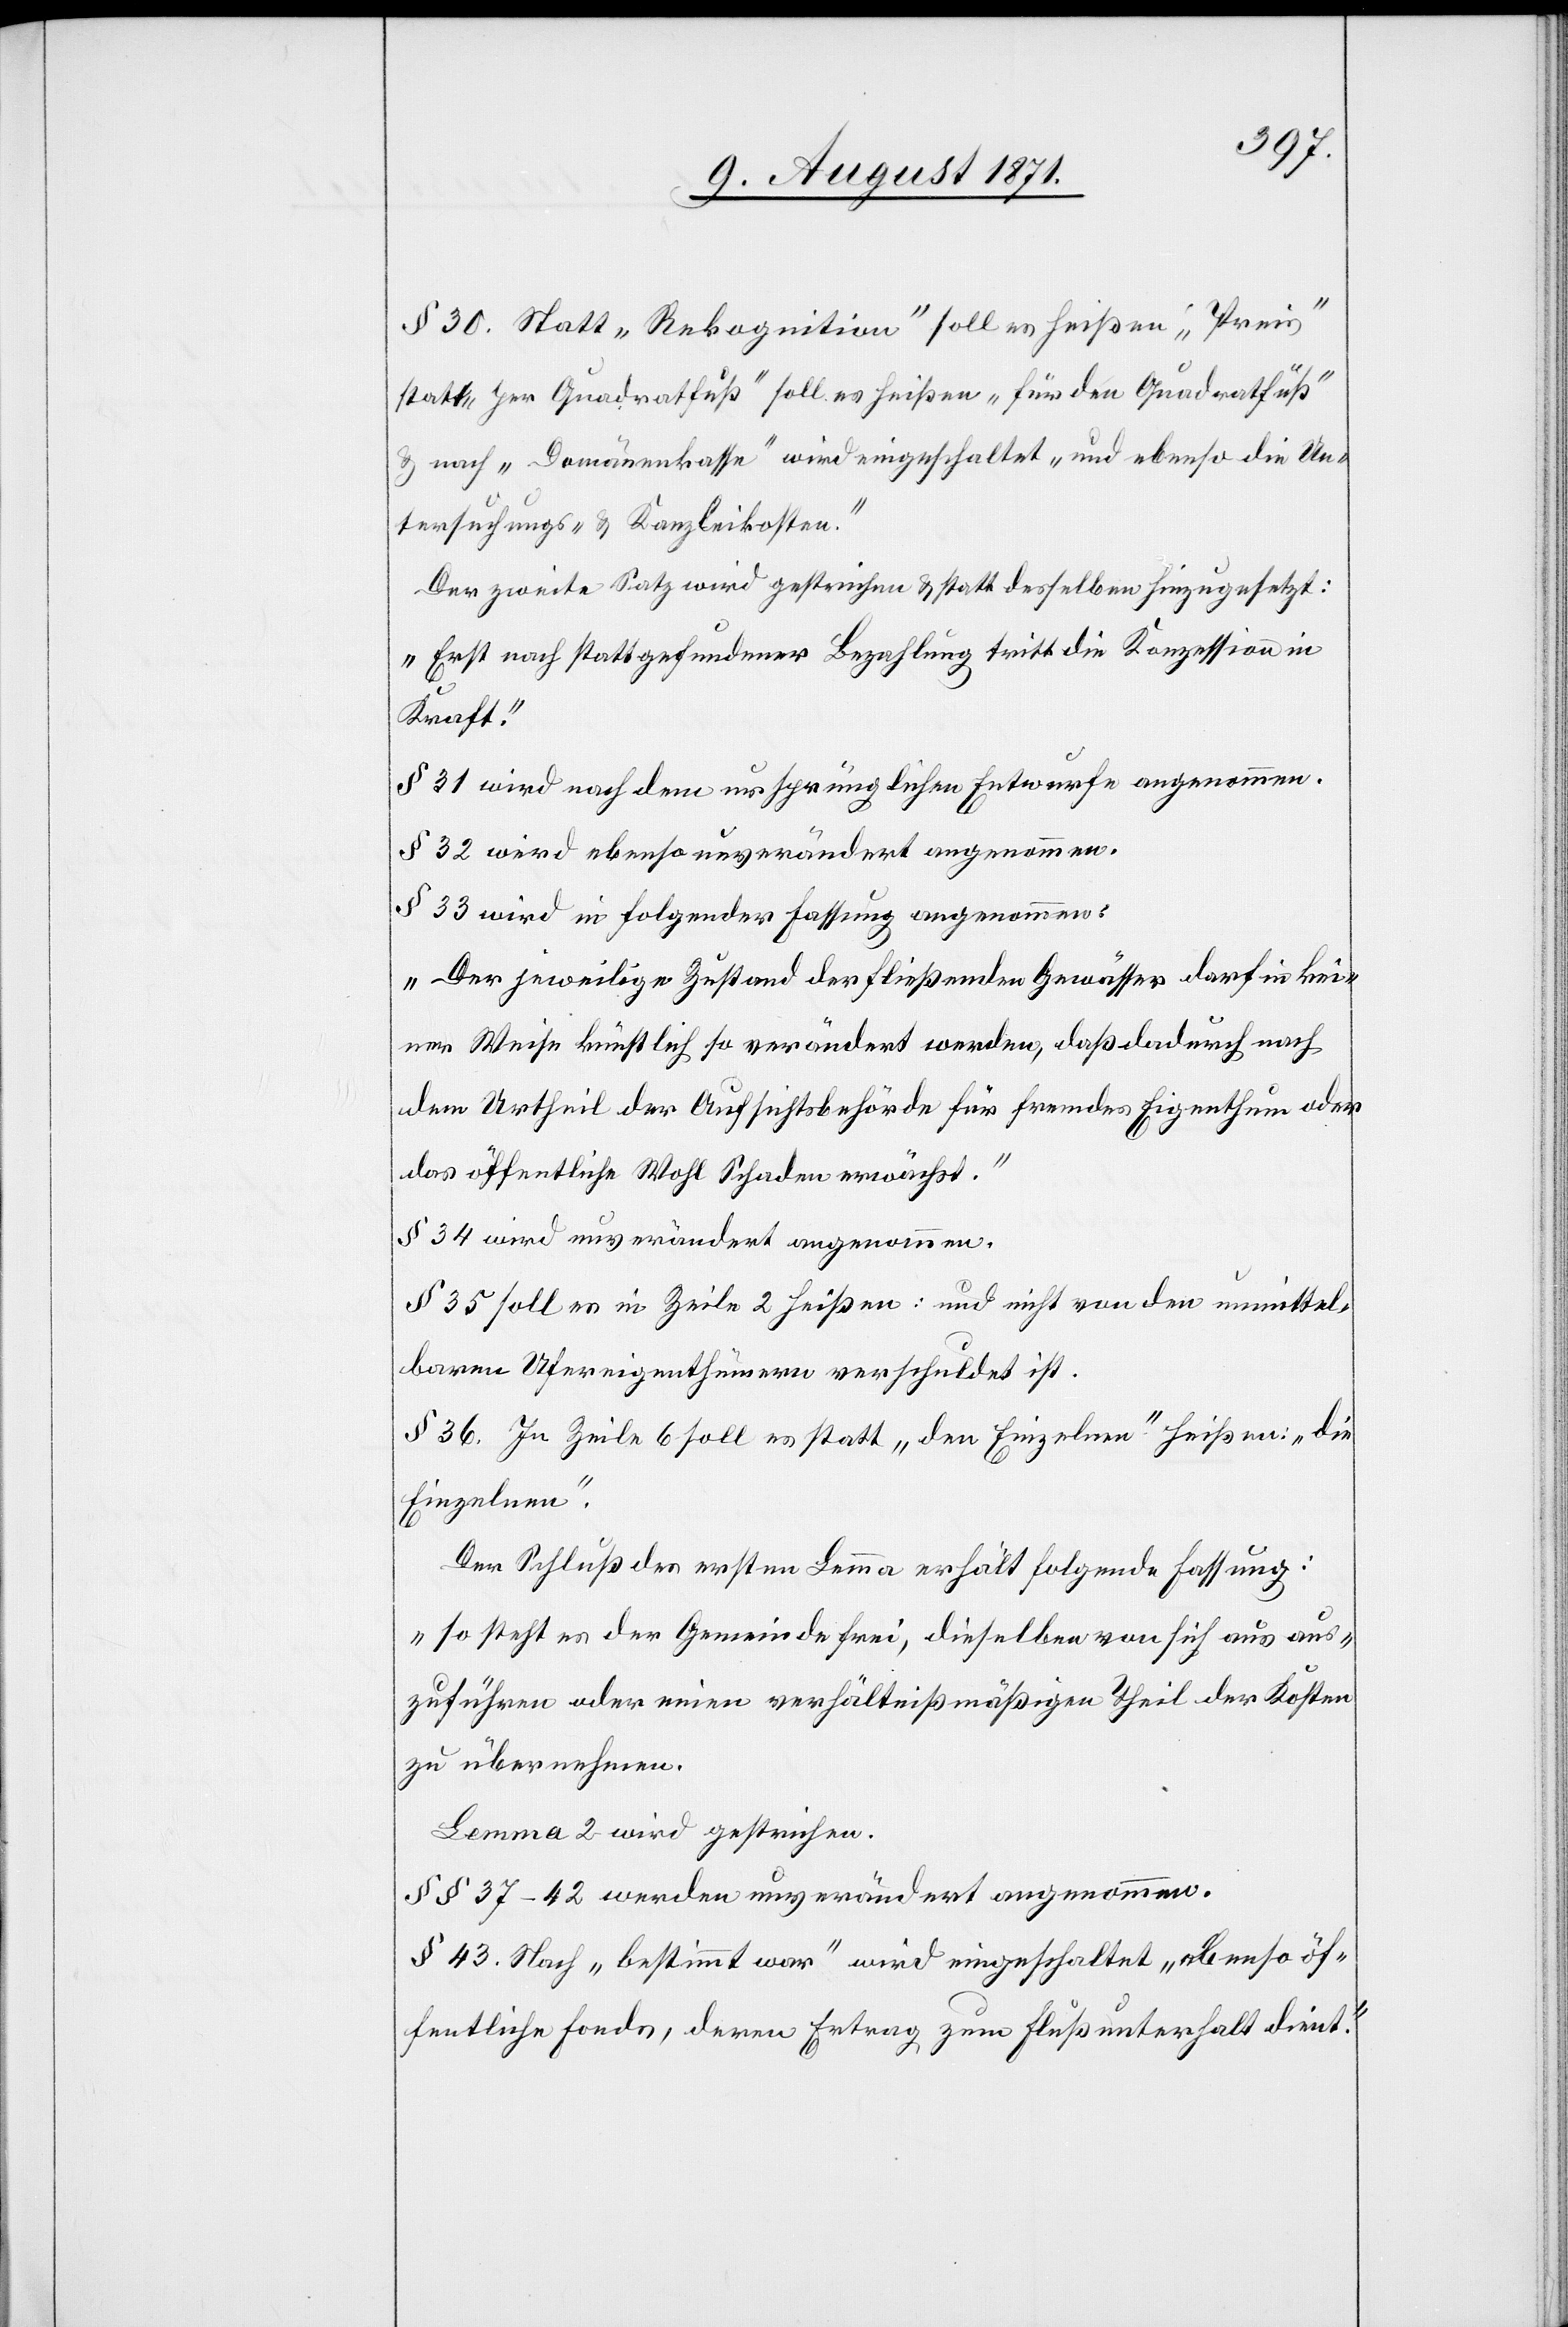
§ 30. Statt „Rekognition“ soll es heißen „Preis“
statt „per Quadratfuß“ soll es heißen „für den Quadratfuß“
& nach „Domänenkasse“ wird eingeschaltet „und ebenso die Un¬
tersuchungs- & Kanzleikosten.“
Der zweite Satz wird gestrichen & statt desselben hinzugesetzt:
„Erst nach stattgefundener Bezahlung tritt die Konzession in
Kraft.“
§ 31 wird nach dem ursprünglichen Entwurfe angenommen.
§ 32 wird ebenso unverändert angenommen.
§ 33 wird in folgender Fassung angenommen:
„Der jeweilige Zustand der fließenden Gewässer darf in kei¬
ner Weise künstlich so verändert werden, daß dadurch auch
dem Urtheil der Aufsichtsbehörde für fremdes Eigenthum oder
das öffentliche Wohl Schaden erwächst.
§ 34 wird unverändert angenommen.
§ 35 soll es in Zeile 2 heißen: und nicht von den unmittel¬
baren Ufereigenthümern verschuldet ist.
§ 36. In Zeile 6 soll es statt „den Einzelnen“ heißen: „die
Einzelnen“.
Der Schluß des ersten Lemma erhält folgende Fassung:
„so steht es der Gemeinde frei, dieselben von sich aus aus¬
zuführen oder einen verhältnißmäßigen Theil der Kosten
zu übernehmen.
Lemma 2 wird gestrichen.
§§ 37–42 werden unverändert angenommen.
§ 43. Nach „bestimmt war“ wird eingeschaltet „ebenso öf¬
fentliche Fonds, deren Ertrag zum Flußunterhalt dient.“